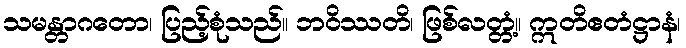
သမန္တာဂတော၊ ပြည့်စုံသည်။ ဘဝိဿတိ၊ ဖြစ်လတ္တံ့။ ဣတိဧတံဋ္ဌာနံ၊